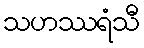
သဟဿရံသီ